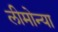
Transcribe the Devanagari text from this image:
लीमोन्या